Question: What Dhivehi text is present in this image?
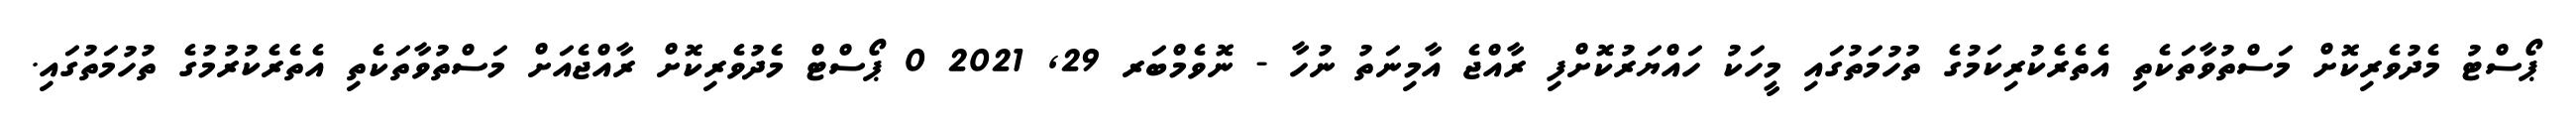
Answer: ޕޯސްޓު މެދުވެރިކޮށް މަސްތުވާތަކެތި އެތެރެކުރިކަމުގެ ތުހުމަތުގައި މީހަކު ހައްޔަރުކޮށްފި ރާއްޖެ އާމިނަތު ނުހާ - ނޮވެމްބަރ 29, 2021 0 ޕޯސްޓް މެދުވެރިކޮށް ރާއްޖެއަށް މަސްތުވާތަކެތި އެތެރެކުރުމުގެ ތުހުމަތުގައި.